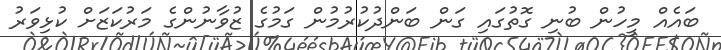
ބައެއް މީހުން ބުނި ގޮތުގައި ގަން ބަންދުކުރުމުން ގަމުގެ ޒުވާނުންގެ މަރުކަޒަށް ކުޅިވަރު